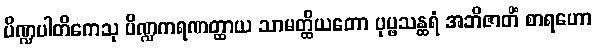
ပိဏ္ဍပါတိကေသု ပိဏ္ဍကရဏတ္ထာယ သာမတ္ထိယတော ပုပ္ဖသန္ထရံ အဘိဇာတိံ စာရဟော